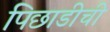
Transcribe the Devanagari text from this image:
पिछाडीची